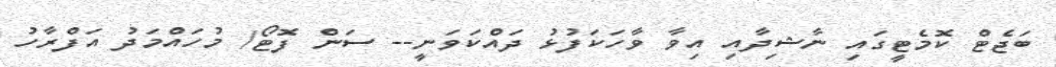
ބަޖެޓް ކޮމެޓީގައި ނާޝިދާއި އިވާ ވާހަކަފުޅު ދައްކަވަނީ-- ސަން ފޮޓޯ/ މުހައްމަދު އަފްރާހު